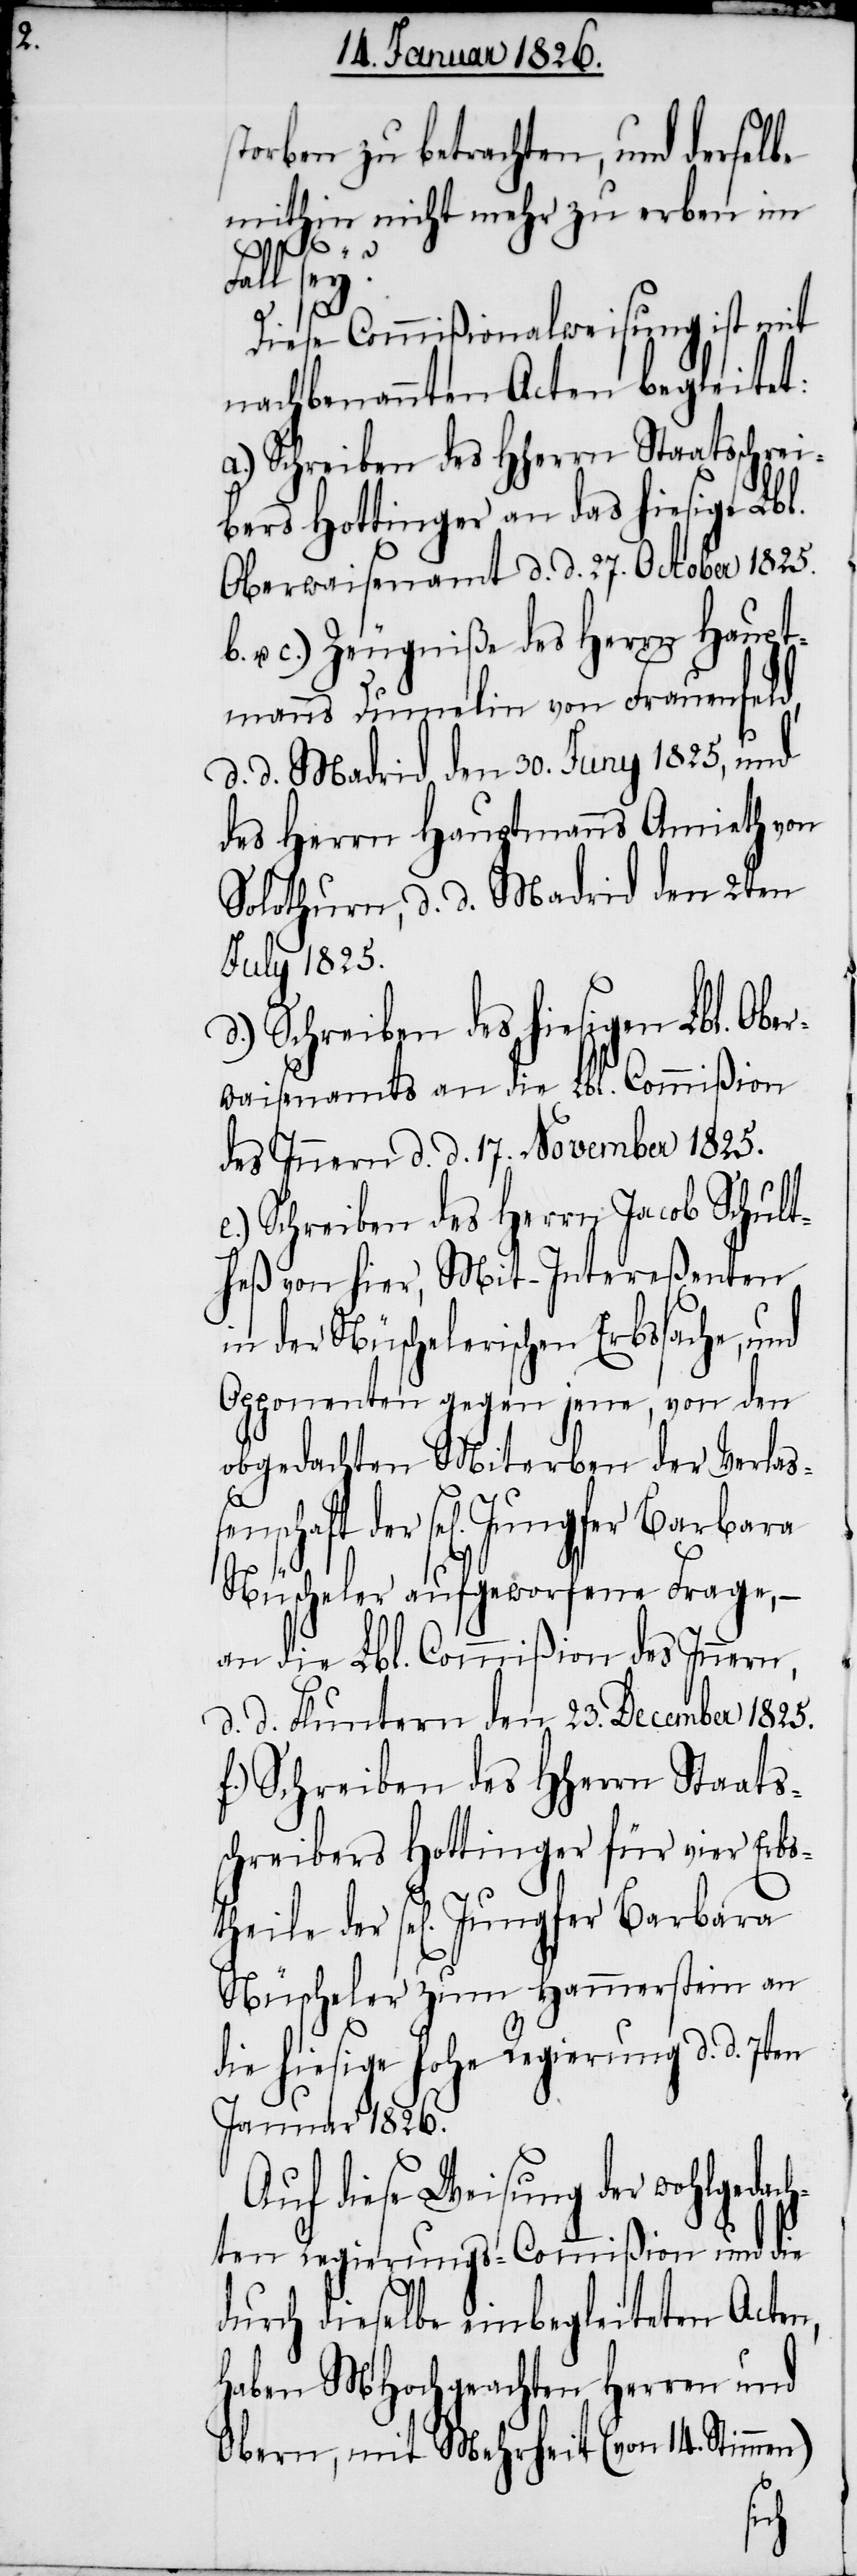
storben zu betrachten, und derselbe
mithin nicht mehr zu erben im
Fall sey?
Diese Commißionalweisung ist mit
nachbenannten Acten begleitet:
a.) Schreiben des HHerrn Staatsschrei¬
bers Hottinger an das hiesige Lbl.
Oberwaisenamt d. d. 27. October 1825.
b. u. c.) Zeugniße des Herrn Haupt¬
manns Dumelin von Frauenfeld,
d. d. Madrid den 30. Juny 1825, und
des Herrn Hauptmanns Amieth von
Solothurn, d. d. Madrid den 2ten
July 1825.
Schreiben des hiesigen Lbl. Ober¬
waisenamts an die Lbl. Commißion
des Innern d. d. 17. November 1825.
e.) Schreiben des Herrn Jacob Schult¬
heß von hier, Mit-Intereßenten
in der Nüschelerischen Erbssache, und
Opponenten gegen jene, von den
obgedachten Miterben der Verlaß¬
sel[igen] Jungfer Barbara
Nüscheler aufgeworfene Frage,
an die Lbl. Commißion des Innern,
d. d. Fluntern den 23. December 1825.
f.) Schreiben des HHerrn Staats¬
schreibers Hottinger für
Nüscheler zum Hammerstein an
die hiesige hohe Regierung d. d. 7ten
Januar 1826.
Auf diese Weisung der wohlgeda¬
ten Regierungs-Commißion und die
durch dieselbe einbegleiteten Acten,
haben MHochgeachten Herren und
mit
Obern,
14.